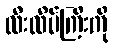
လီးထိပ်ကြီးကို